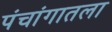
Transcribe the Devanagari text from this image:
पंचांगातला